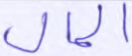
المال